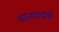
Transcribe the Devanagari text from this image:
वर्तनवादाचे